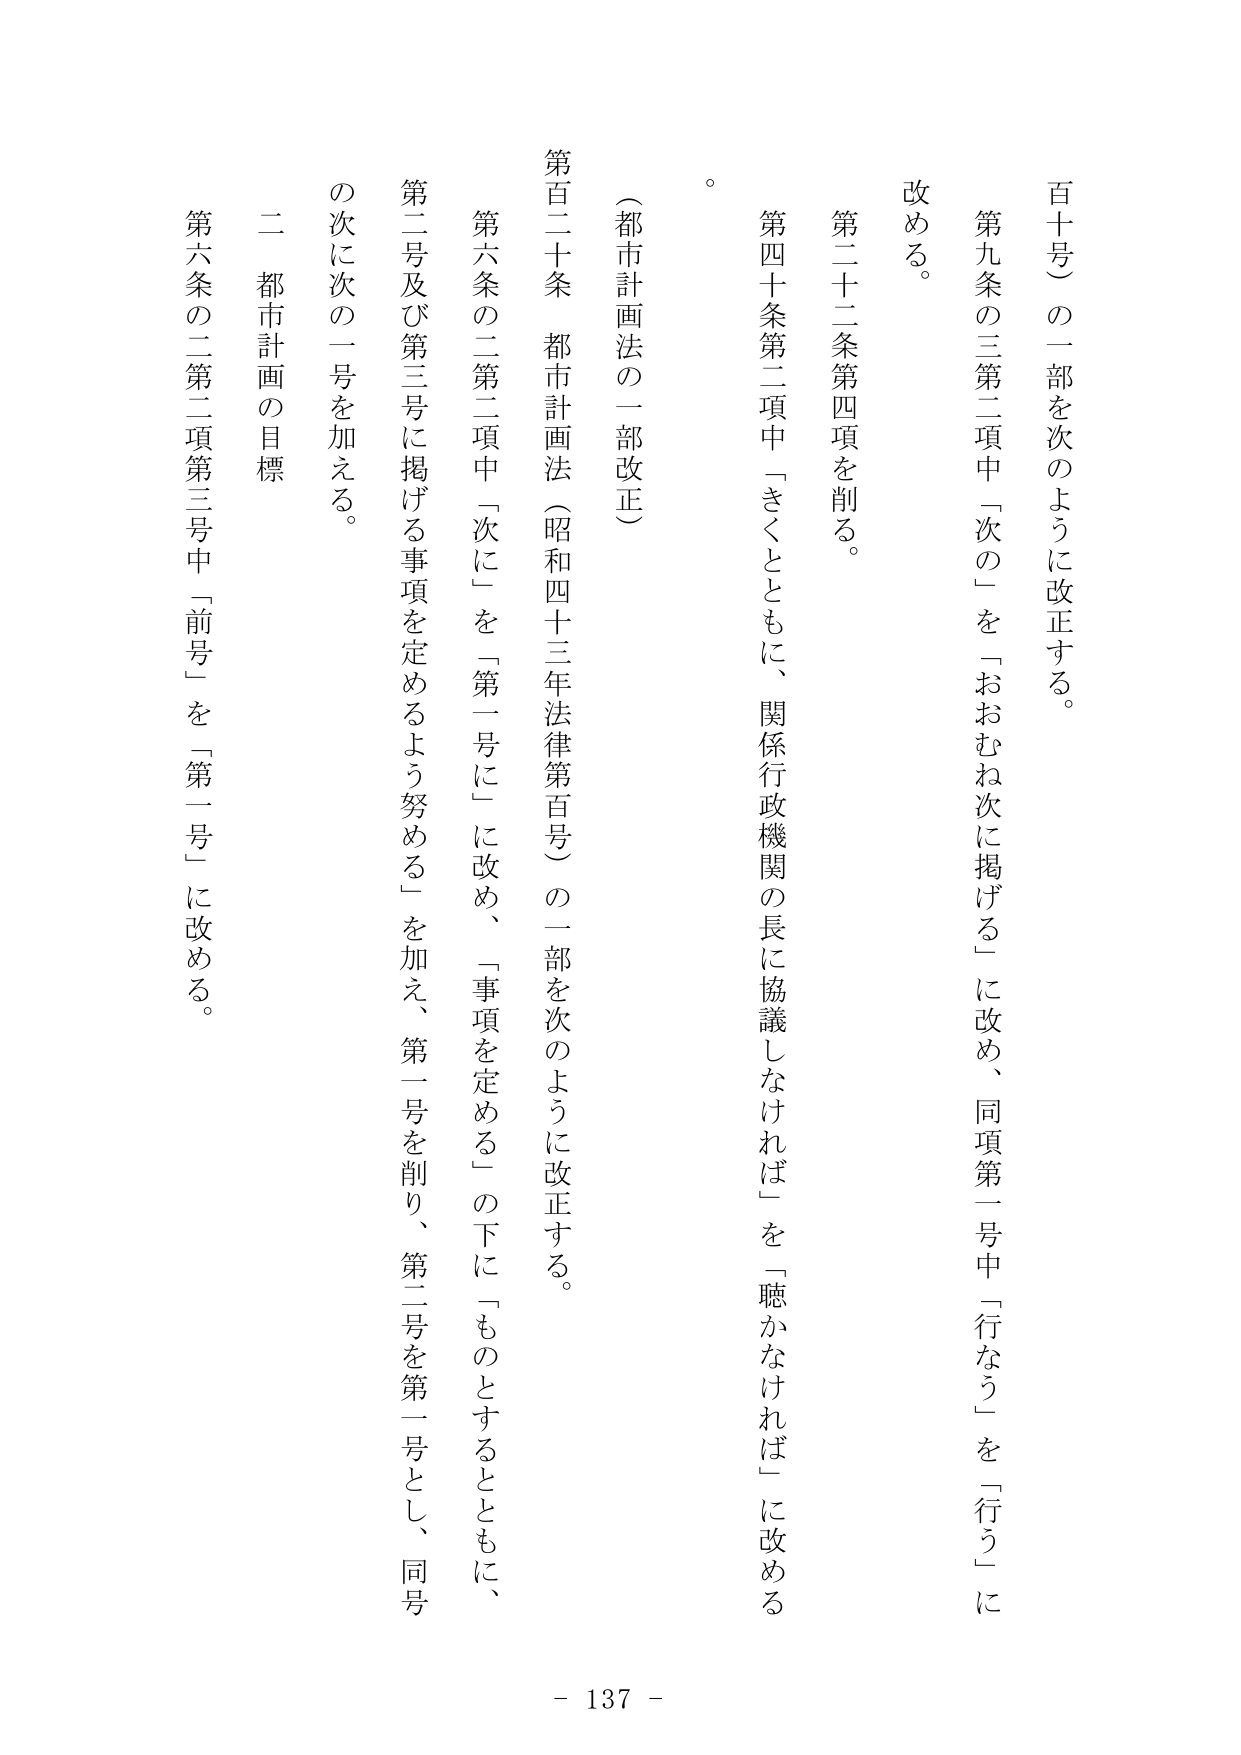
百十号）の一部を次のように改正する。
第九条の三第二項中「次の」を「おおむね次に掲げる」に改め、同項第一号中「行なう」を「行う」に改める。
第二十二条第四項を削る。
第四十条第二項中「きくとともに、関係行政機関の長に協議しなければ」を「聴かなければならない」に改める。
（都市計画法の一部改正）
第百二十条 都市計画法（昭和四十三年法律第百号）の一部を次のように改正する。
第六条の二第二項中「次に」を「第一号に」に改め、「事項を定める」の下に「ものとするとともに、第二号及び第三号に掲げる事項を定めるよう努める」を加え、第一号を削り、第二号を第一号とし、同号の次に次の一号を加える。
二 都市計画の目標
第六条の二第二項第三号中「前号」を「第一号」に改める。
- 137 -